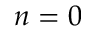
n = 0